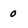
Character: 0